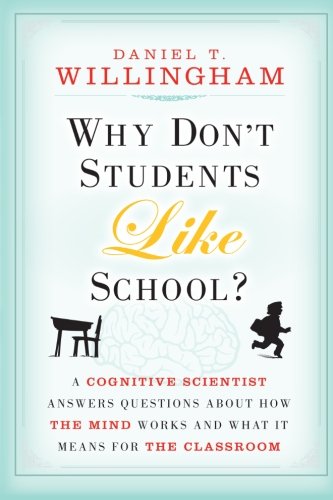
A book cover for Why Don't Students Like School: A Cognitive Scientist Answers Questions About How the Mind Works and What It Means for the Classroom; Daniel T. Willingham; Education & Teaching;